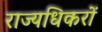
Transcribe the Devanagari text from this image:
राज्यधिकरों